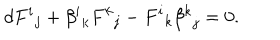
d { F ^ { i } } _ { j } + { \beta ^ { i } } _ { k } { F ^ { k } } _ { j } - { F ^ { i } } _ { k } { \beta ^ { k } } _ { j } = 0 .